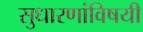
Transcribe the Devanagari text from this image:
सुधारणांविषयी